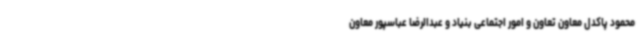
محمود پاکدل معاون تعاون و امور اجتماعی بنیاد و عبدالرضا عباسپور معاون